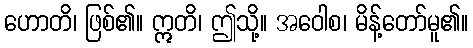
ဟောတိ၊ ဖြစ်၏။ ဣတိ၊ ဤသို့။ အဝေါစ၊ မိန့်တော်မူ၏။